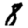
Digit: 8